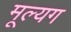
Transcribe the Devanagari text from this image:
मूल्यग